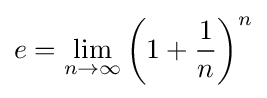
e=\lim _{n\rightarrow \infty }\left(1+{\frac {1}{n}}\right)^{n}